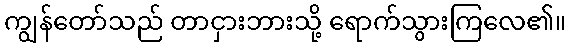
ကျွန်တော်သည် တာငှားဘားသို့ ရောက်သွားကြလေ၏။